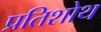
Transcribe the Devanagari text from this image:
प्रतिशोथ